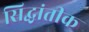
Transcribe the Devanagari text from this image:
सिद्धांतीक